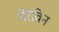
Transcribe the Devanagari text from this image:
मेरविन